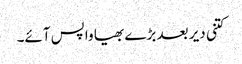
کتنی دیر بعد بڑے بھیا واپس آئے۔